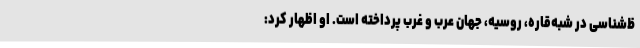
ظ‌شناسی در شبه‌قاره، روسیه، جهان عرب و غرب پرداخته است. او اظهار کرد: